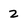
Character: z